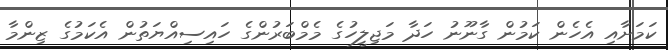
ކަމަށާއި އެހެން ކަމުން ގާނޫނު ހަދާ މަޖިލީހުގެ މެމްބަރުންގެ ހައިސިއްޔަތުން އެކަމުގެ ޒިންމާ